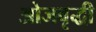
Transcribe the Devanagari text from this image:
ओजवृद्धी